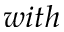
w i t h